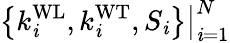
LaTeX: \left\{ k_{\mathit{i}}^{\mathrm{{WL}}},k_{\mathit{i}}^{\mathrm{{WT}}},S_{\mathit{i}}\right\} \big|_{\mathit{i}=1}^{N}